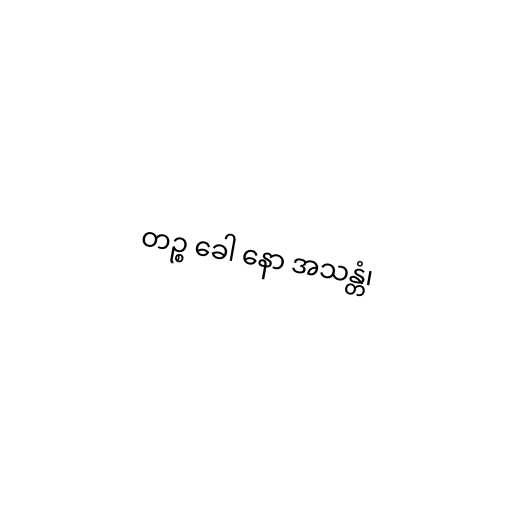
တဉ္စ ခေါ နော အသန္တံ၊